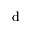
\mathrm { d }